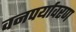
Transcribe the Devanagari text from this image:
वनपर्यावरण